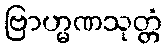
ဗြာဟ္မဏသုတ္တံ